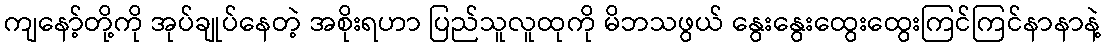
ကျနော့်တို့ကို အုပ်ချုပ်နေတဲ့ အစိုးရဟာ ပြည်သူလူထုကို မိဘသဖွယ် နွေးနွေးထွေးထွေးကြင်ကြင်နာနာနဲ့